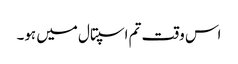
اس وقت تم اسپتال میں ہو۔